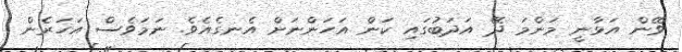
ވޭން އަޅާނީ މަންމަ ދޭ އަދަބުގައި ކަން އަހަންނަށް އެނގެއެވެ. ނަމަވެސް އަހަރެން